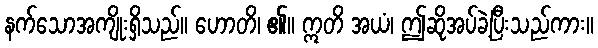
နက်သောအကျိုးရှိသည်။ ဟောတိ၊ ၏။ ဣတိ အယံ၊ ဤဆိုအပ်ခဲ့ပြီးသည်ကား။